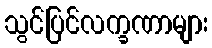
သွင်ပြင်လက္ခဏာများ